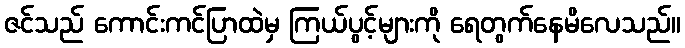
ဇင်သည် ကောင်းကင်ပြာထဲမှ ကြယ်ပွင့်များကို ရေတွက်နေမိလေသည်။